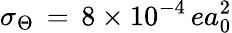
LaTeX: \sigma_{\Theta}\, =\, 8\times 10^{-4}\, ea_{0}^{2}